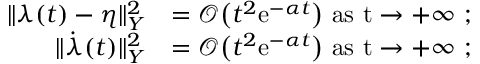
\begin{array} { r l } { \lVert \lambda ( t ) - \eta \rVert _ { Y } ^ { 2 } } & { = \mathcal { O } \big ( t ^ { 2 } \mathrm { e } ^ { - \alpha t } \big ) \ \mathrm { a s ~ t \to + \infty ~ } ; } \\ { \lVert \dot { \lambda } ( t ) \rVert _ { Y } ^ { 2 } } & { = \mathcal { O } \big ( t ^ { 2 } \mathrm { e } ^ { - \alpha t } \big ) \ \mathrm { a s ~ t \to + \infty ~ } ; } \end{array}